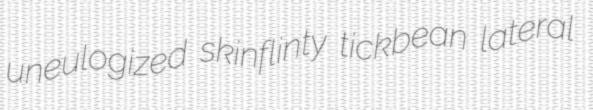
uneulogized skinflinty tickbean lateral